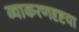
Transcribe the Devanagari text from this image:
व्याकरणदृष्टया